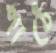
পাঠে